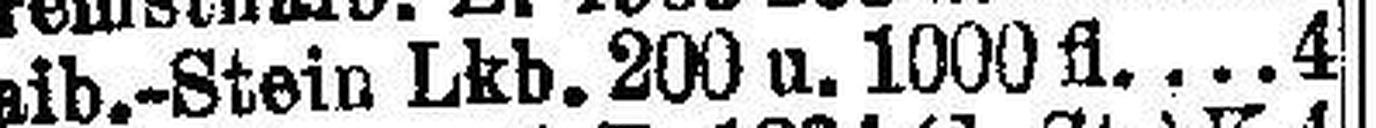
Laib.-Stein Lkb. 200 u. 1000fl. 4